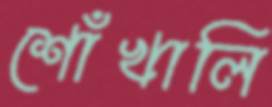
শোঁখালি